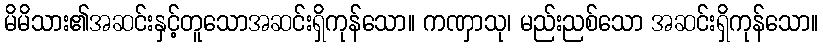
မိမိသား၏အဆင်းနှင့်တူသောအဆင်းရှိကုန်သော။ ကဏှာသု၊ မည်းညစ်သော အဆင်းရှိကုန်သော။